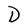
Character: D